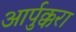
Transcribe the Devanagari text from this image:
आर्पुक्करा